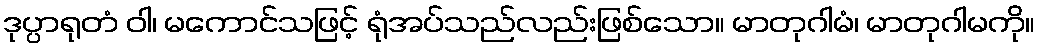
ဒုပ္ပာရုတံ ဝါ၊ မကောင်သဖြင့် ရုံအပ်သည်လည်းဖြစ်သော။ မာတုဂါမံ၊ မာတုဂါမကို။